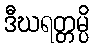
ဒီဃရတ္တမ္ပိ